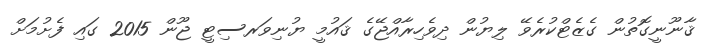
ޤާނޫނީގޮތުން ގެޒެޓްކުރެވޭ ލިޔުން ދިވެހިރާއްޖޭގެ ޤައުމީ ޔުނިވަރސިޓީ ޖޫން 2015 ގައި ފެށުމަށް